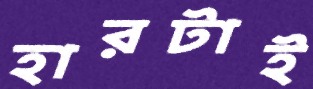
হারটাই